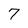
Character: 7